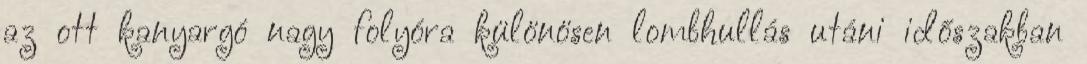
az ott kanyargó nagy folyóra különösen lombhullás utáni időszakban